Civil Veterinary Dept. Bombay admin report 1914-1922 - 1914-1922
Year: 1914
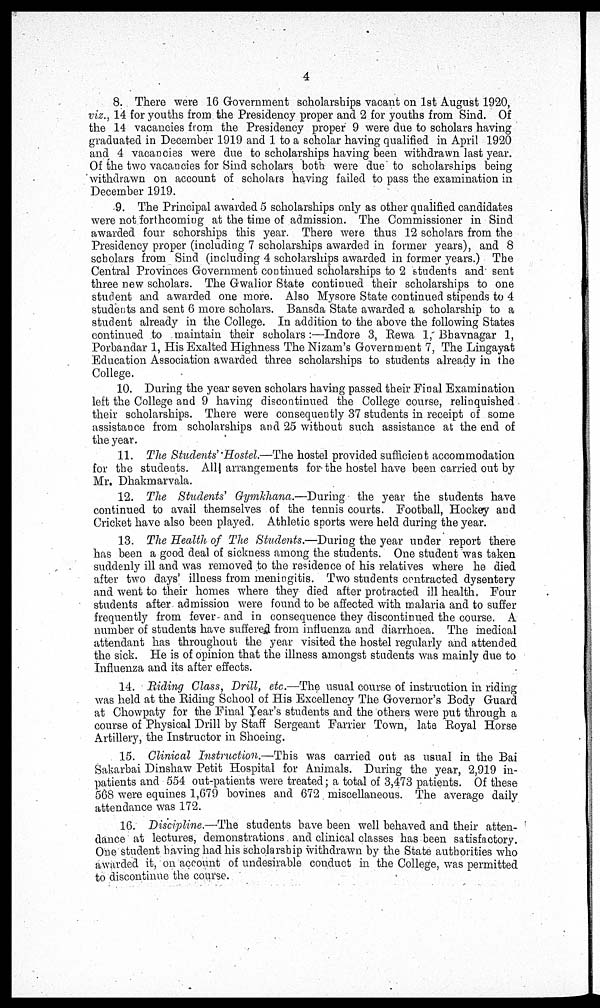
4
8. There were 16 Government scholarships vacant on 1st August 1920,
viz., 14 for youths from the Presidency proper and 2 for youths from Sind. Of
the 14 vacancies from the Presidency proper 9 were due to scholars having
graduated in December 1919 and 1 to a scholar having qualified in April 1920
and 4 vacancies were due to scholarships having been withdrawn last year.
Of the two vacancies for Sind scholars both were due to scholarships being
withdrawn on account of scholars having failed to pass the examination in
December 1919.
9. The Principal awarded 5 scholarships only as other qualified candidates
were not forthcoming at the time of admission. The Commissioner in Sind
awarded four schorships this year. There were thus 12 scholars from the
Presidency proper (including 7 scholarships awarded in former years), and 8
scholars from Sind (including 4 scholarships awarded in former years.) The
Central Provinces Government continued scholarships to 2 students and sent
three new scholars. The Gwalior State continued their scholarships to one
student and awarded one more. Also Mysore State continued stipends to 4
students and sent 6 more scholars. Bansda State awarded a scholarship to a
student already in the College. In addition to the above the following States
continued to maintain their scholars:—Indore 3, Rewa 1, Bhavnagar 1,
Porbandar 1, His Exalted Highness The Nizam's Government 7, The Lingayat
Education Association awarded three scholarships to students already in the
College.
10. During the year seven scholars having passed their Final Examination
left the College and 9 having discontinued the College course, relinquished
their scholarships. There were consequently 37 students in receipt of some
assistance from scholarships and 25 without such assistance at the end of
the year.
11. The Students' Hostel.—The hostel provided sufficient accommodation
for the students. All arrangements for the hostel have been carried out by
Mr. Dhakmarvala.
12. The Students' Gymkhana.—During the year the students have
continued to avail themselves of the tennis courts. Football, Hockey and
Cricket have also been played. Athletic sports were held during the year.
13. The Health of The Students.—During the year under report there
has been a good deal of sickness among the students. One student was taken
suddenly ill and was removed to the residence of his relatives where he died
after two days' illness from meningitis. Two students contracted dysentery
and went to their homes where they died after protracted ill health. Four
students after admission were found to be affected with malaria and to suffer
frequently from fever and in consequence they discontinued the course. A
number of students have suffered from influenza and diarrhoea. The medical
attendant has throughout the year visited the hostel regularly and attended
the sick. He is of opinion that the illness amongst students was mainly due to
Influenza and its after effects.
14. Riding Class, Drill, etc.—The usual course of instruction in riding
was held at the Riding School of His Excellency The Governor's Body Guard
at Chowpaty for the Final Year's students and the others were put through a
course of Physical Drill by Staff Sergeant Farrier Town, late Royal Horse
Artillery, the Instructor in Shoeing.
15. Clinical Instruction.—This was carried out as usual in the Bai
Sakarbai Dinshaw Petit Hospital for Animals. During the year, 2,919 in-
patients and 554 out-patients were treated; a total of 3,473 patients. Of these
568 were equines 1,679 bovines and 672 miscellaneous. The average daily
attendance was 172.
16. Discipline.—The students have been well behaved and their atten-
dance at lectures, demonstrations and clinical classes has been satisfactory.
One student having had his scholarship withdrawn by the State authorities who
awarded it, on account of undesirable conduct in the College, was permitted
to discontinue the course.